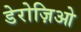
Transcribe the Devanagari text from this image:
डेरोज़िओ